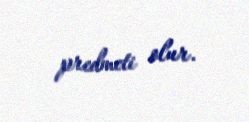
predmeti olur.